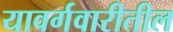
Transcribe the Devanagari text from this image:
यावर्गवारीतील